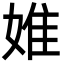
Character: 婎